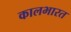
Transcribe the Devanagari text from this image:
कालभारत